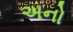
અનો